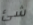
شئ